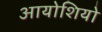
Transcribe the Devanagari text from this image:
आयोशियो